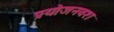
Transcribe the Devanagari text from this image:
प्रयोजनवश